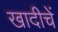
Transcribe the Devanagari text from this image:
खादीचें